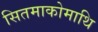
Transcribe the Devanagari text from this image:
सितमाकोमाथि